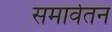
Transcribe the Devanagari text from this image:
समार्वतन